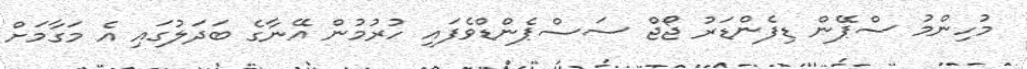
މުހިންމު ސްޕޭން ޑިފެންޑަރު ޖޯޖް ސަސްޕެންޑްވެފައި ހުރުމުން އޭނާގެ ބަދަލުގައި އެ މަގާމަށް